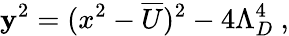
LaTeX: \mathbf{y}^{2}=(x^{2}-\overline{{{{U}}}})^{2}-4\Lambda_{D}^{4}\ ,